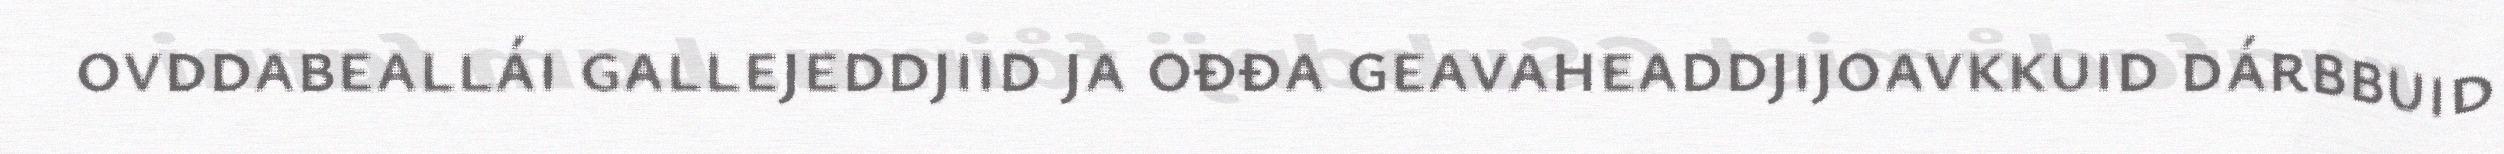
ovddabeallái gallejeddjiid ja ođđa geavaheaddjijoavkkuid dárbbuid